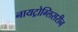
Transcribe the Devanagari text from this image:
नायट्रोग्लिसरीन